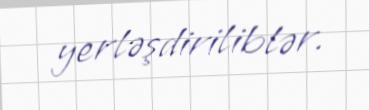
yerləşdiriliblər.